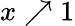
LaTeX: x\nearrow 1